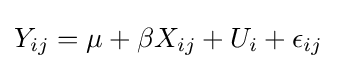
Y_{ij}=\mu +\beta X_{ij}+U_{i}+\epsilon _{ij}